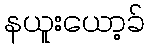
နယူးယော့ခ်